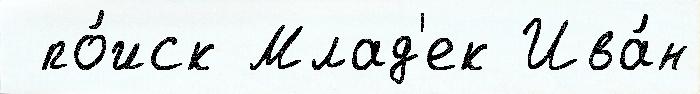
 по́иск Млад'ек Ива́н